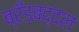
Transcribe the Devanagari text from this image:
ब्रँडबद्दल